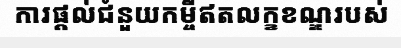
ការផ្តល់ជំនួយកម្ចីឥតលក្ខខណ្ឌរបស់